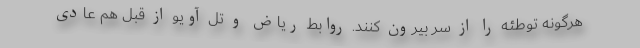
هرگونه توطئه را از سر بیرون کنند. روابط ریاض و تل آویو از قبل هم عادی